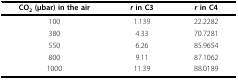
| CO2 (μbar) in the air | r in C3 | r in C4 |
 | --- | --- | --- |
 | 100 | 1.139 | 22.2282 |
 | 380 | 4.33 | 70.7281 |
 | 550 | 6.26 | 85.9654 |
 | 800 | 9.11 | 87.1062 |
 | 1000 | 11.39 | 88.0189 |